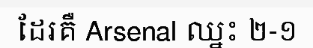
ដែរគឺ Arsenal ឈ្នះ ២-១